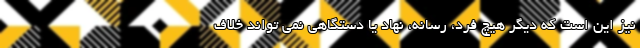
نیز این است که دیگر هیچ فرد، رسانه، نهاد یا دستگاهی نمی تواند خلاف